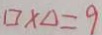
\square \times \Delta = 9